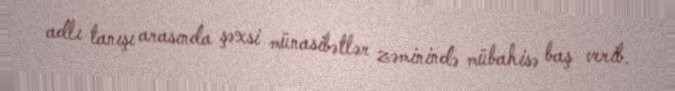
adlı tanışı arasında şəxsi münasibətlər zəminində mübahisə baş verib.